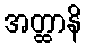
အတ္ထာနိ